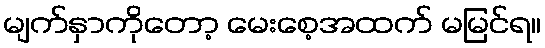
မျက်နှာကိုတော့ မေးစေ့အထက် မမြင်ရ။